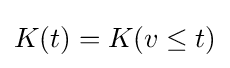
K(t)=K(v\leq t)